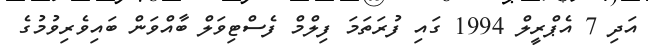
އަދި 7 އެޕްރީލް 1994 ގައި ފުރަތަމަ ފިލްމް ފެސްޓިވަލް ބާއްވަން ބައިވެރިވުމުގެ